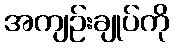
အကျဉ်းချုပ်ကို